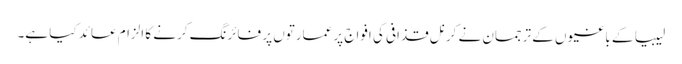
لیبیا کے باغیوں کے ترجمان نے کرنل قذافی کی افواج پر عمارتوں پر فائرنگ کرنے کا الزام عائد کیا ہے۔